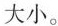
大小。